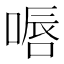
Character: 𠸸